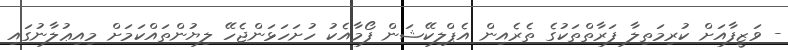
- ވަޒީފާއަށް ކުރިމަތިލާ ފަރާތްތަކުގެ ތެރެއިން އެޕްލިކޭޝަން ފޯމާއެކު ހުށަހަޅަންޖެހޭ ލިޔުންތައްކަމަށް މިއިޢުލާނުގައި